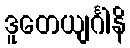
ဒူတေယျင်္ဂါနိ